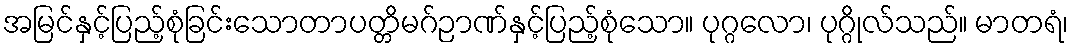
အမြင်နှင့်ပြည့်စုံခြင်းသောတာပတ္တိမဂ်ဉာဏ်နှင့်ပြည့်စုံသော။ ပုဂ္ဂလော၊ ပုဂ္ဂိုလ်သည်။ မာတရံ၊